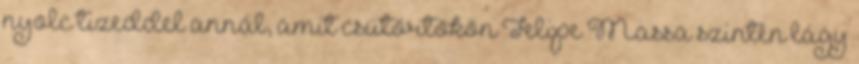
nyolc tizeddel annál, amit csütörtökön Felipe Massa szintén lágy